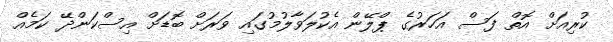
ކުރިއަށް އޮތް ފަސް އަހަރުގެ ޕްލޭން އެކުލަވާލުމުގައި ވަރަށް ބޮޑަށް އިސްކަންދޭ ކަމެއް